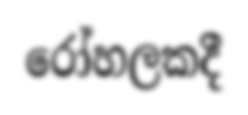
රෝහලකදී